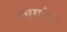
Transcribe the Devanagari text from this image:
ड्यूगांग।